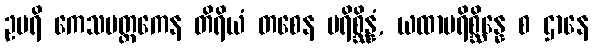
ဥပရိ ကေသမတ္ထကေန တိရိယံ တစေန ပရိစ္ဆိန္နံ, ယထာပရိစ္ဆိန္နေ စ ဌာနေ